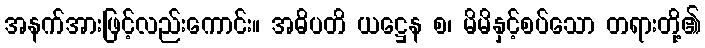
အနက်အားဖြင့်လည်းကောင်း။ အဓိပတိ ယဋ္ဌေန စ၊ မိမိနှင့်စပ်သော တရားတို့၏